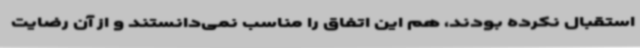
استقبال نکرده بودند، هم این اتفاق را مناسب نمی‌دانستند و از آن رضایت